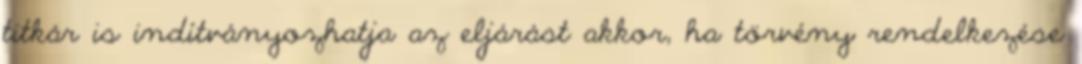
titkár is indítványozhatja az eljárást akkor, ha törvény rendelkezése